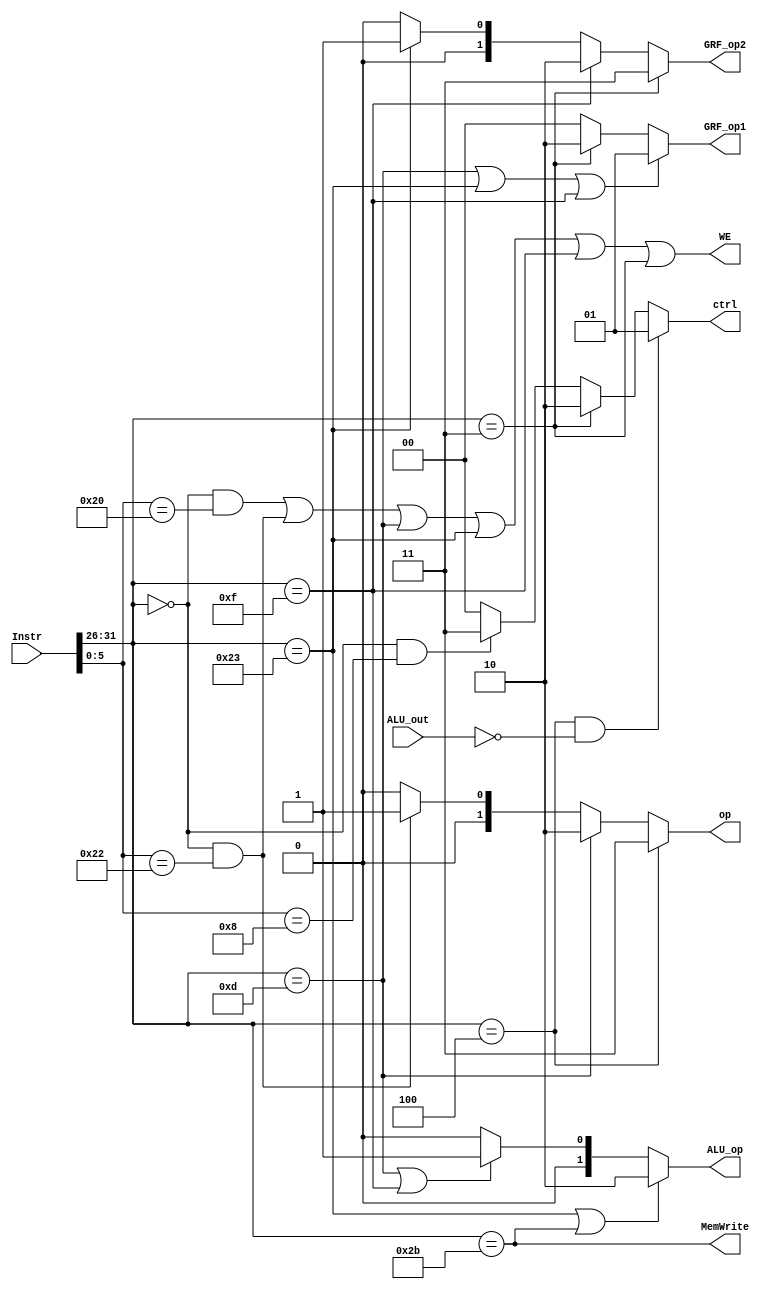
`timescale 1ns / 1ps
//////////////////////////////////////////////////////////////////////////////////
// Company: 
// Engineer: 
// 
// Design Name: 
// Module Name:    controller 
// Project Name: 
// Target Devices: 
// Tool versions: 
// Description: 
//
// Dependencies: 
//
// Revision: 
// Revision 0.01 - File Created
// Additional Comments: 
//
//////////////////////////////////////////////////////////////////////////////////
module controller(
    input [31:0] Instr,
    output [1:0] ctrl,
    output WE,
    output [1:0] GRF_op1,
    output [1:0] GRF_op2,
    output [1:0] op,
    output [1:0] ALU_op,
    output MemWrite,
    input [31:0] ALU_out
    );
	 wire [15:0] im_of;
	 wire [5:0] Func;
	 wire [4:0] rd;
	 wire [4:0] rt;
	 wire [4:0] rs_base;
	 wire [5:0] Op_code;
	 
assign im_of=Instr[15:0];
assign Func=Instr[5:0];
assign rd=Instr[15:11];
assign rt=Instr[20:16];
assign rs_base=Instr[25:21];
assign Op_code=Instr[31:26];

wire add,sub,ori,lw,sw,beq,lui,jal,jr;
assign add=(Op_code==6'b000000&&Func==6'b100000);
assign sub=(Op_code==6'b000000&&Func==6'b100010);
assign ori=(Op_code==6'b001101);
assign lw=(Op_code==6'b100011);
assign sw=(Op_code==6'b101011);
assign beq=(Op_code==6'b000100);
assign lui=(Op_code==6'b001111);
assign jal=(Op_code==6'b000011);
assign jr=(Op_code==6'b000000&&Func==6'b001000);


assign ctrl=(beq&&ALU_out==0)?1:
				(jal)?2:
				(jr)?3:0;
assign WE=(add||sub||ori||lw||lui||jal);
assign GRF_op1=(ori||lw||lui)?1://rt
					(jal)?2:0;//$ra
assign GRF_op2=(jal)?3:
					(lui)?2:
					(lw)?1:0;
assign op=(beq)?3:
				(ori)?2:
				(sub)?1:0;
assign ALU_op=(lw||sw)?2:
					(ori||lui)?1:0;
assign MemWrite=(sw);
endmodule